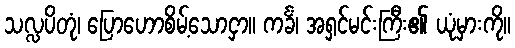
သလ္လပိတုံ၊ ပြောဟောစိမ့်သောငှာ။ ကင်္ခံ၊ အရှင်မင်းကြီး၏ ယုံမှားကို။